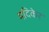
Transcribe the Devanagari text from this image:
मदिकेर